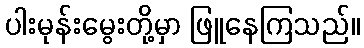
ပါးမုန်းမွေးတို့မှာ ဖြူနေကြသည်။